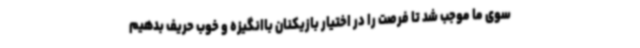
سوی ما موجب شد تا فرصت را در اختیار بازیکنان باانگیزه و خوب حریف بدهیم